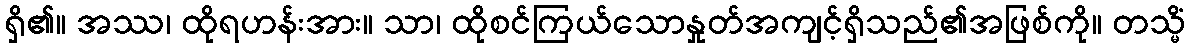
ရှိ၏။ အဿ၊ ထိုရဟန်းအား။ သာ၊ ထိုစင်ကြယ်သောနှုတ်အကျင့်ရှိသည်၏အဖြစ်ကို။ တသ္မိံ